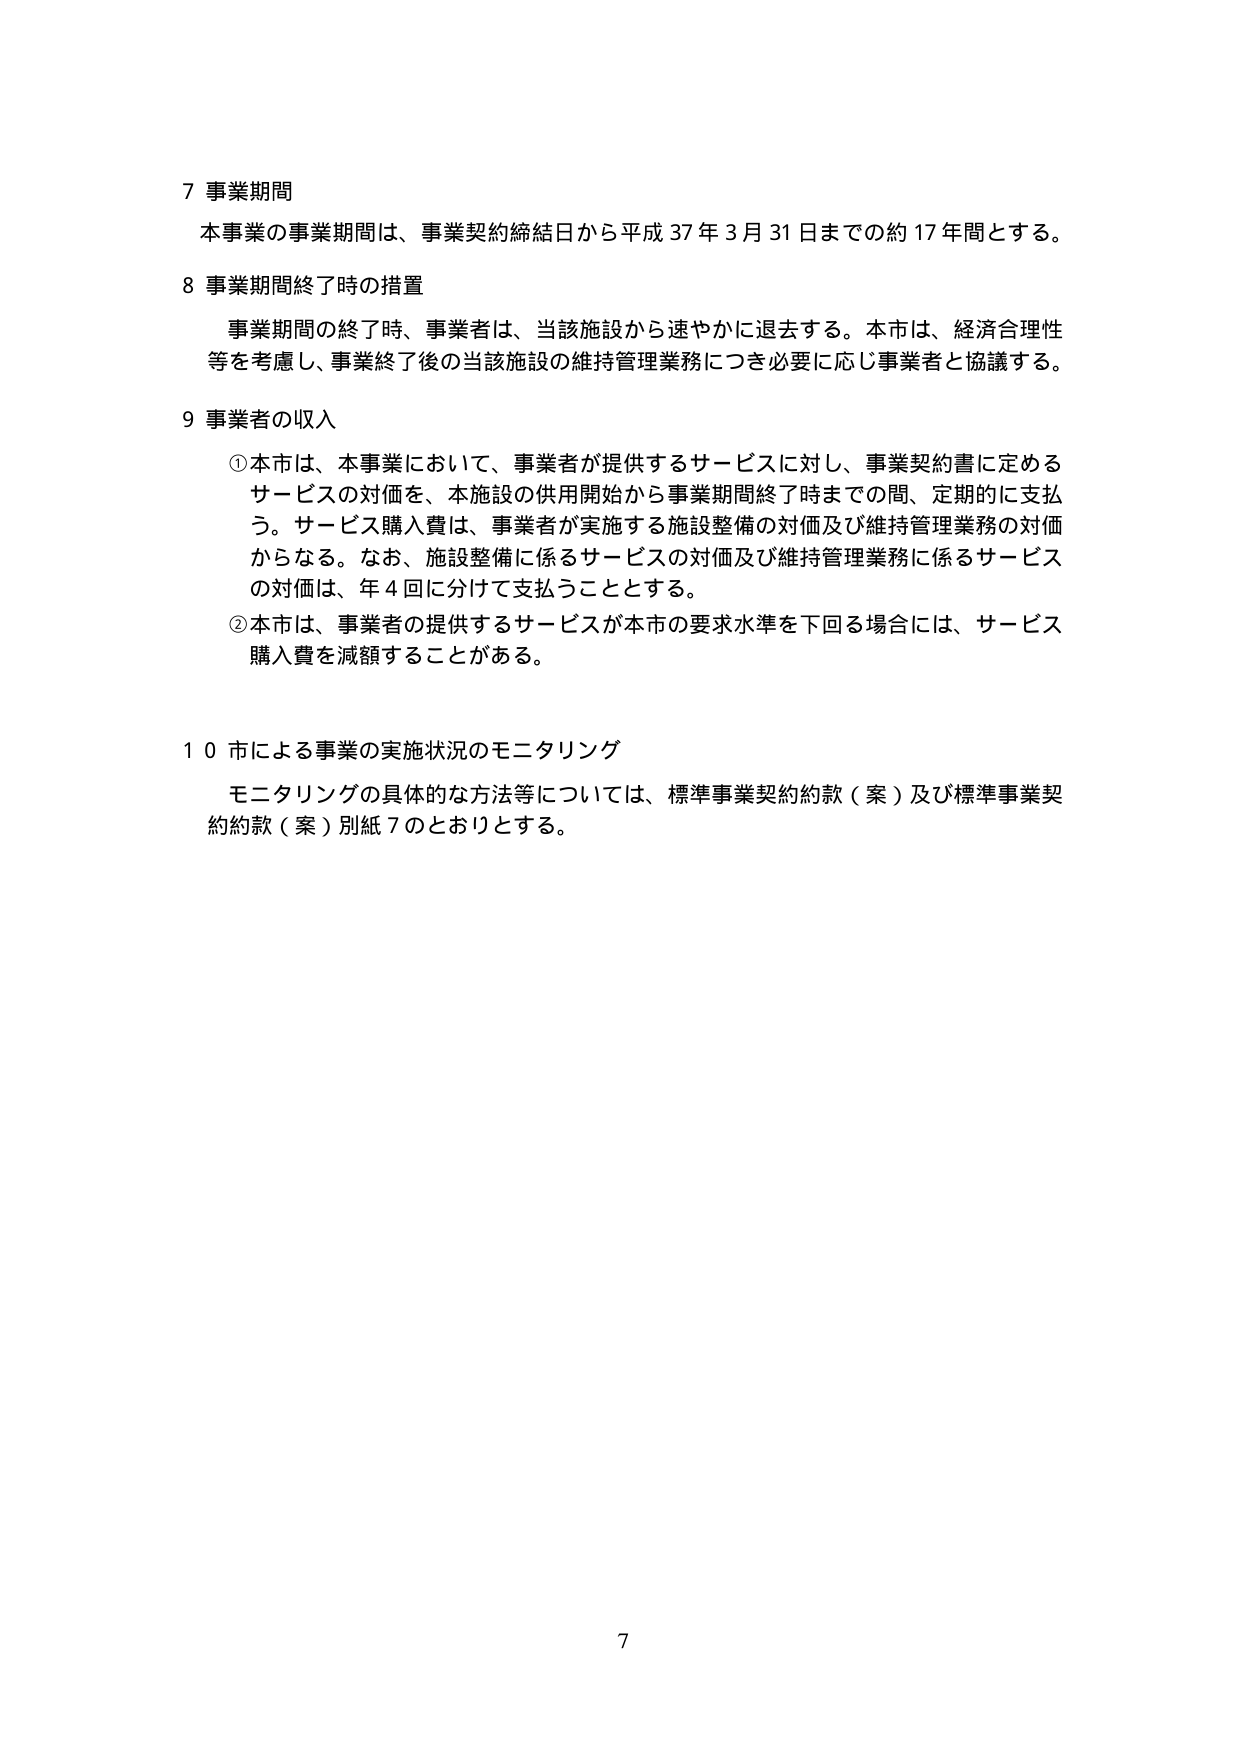
7 事業期間
本事業の事業期間は、事業契約締結日から平成37年3月31日までの約17年間とする。

8 事業期間終了時の措置
事業期間の終了時、事業者は、当該施設から速やかに退去する。本市は、経済合理性等を考慮し、事業終了後の当該施設の維持管理業務につき必要に応じ事業者と協議する。

9 事業者の収入
①本市は、本事業において、事業者が提供するサービスに対し、事業契約書に定めるサービスの対価を、本施設の供用開始から事業期間終了時までの間、定期的に支払う。サービス購入費は、事業者が実施する施設整備の対価及び維持管理業務の対価からなる。なお、施設整備に係るサービスの対価及び維持管理業務に係るサービスの対価は、年4回に分けて支払うこととする。
②本市は、事業者の提供するサービスが本市の要求水準を下回る場合には、サービス購入費を減額することがある。

10 市による事業の実施状況のモニタリング
モニタリングの具体的な方法等については、標準事業契約約款（案）及び標準事業契約約款（案）別紙7のとおりとする。

7